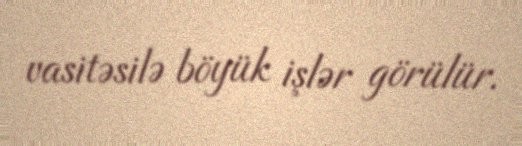
vasitəsilə böyük işlər görülür.